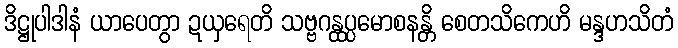
ဒိဋ္ဌုပါဒါနံ ယာပေတွာ ဍယှရေတိ သဗ္ဗဂန္ထပ္ပမောစနန္တိ စေတသိကေဟိ မန္ဒဟသိတံ